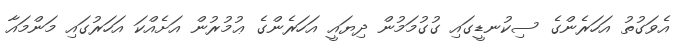
އެވަގުތު އަހަރެންގެ ސިކުނޑީގައި ގުގުމަމުން ދިޔައީ އަހަރެންގެ ޢުމުރުން އަށެއްކަ އަހަރުގައި މަންމައާ